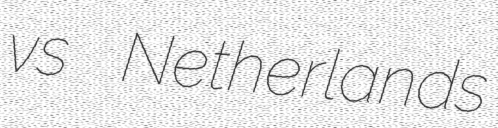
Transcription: vs Netherlands